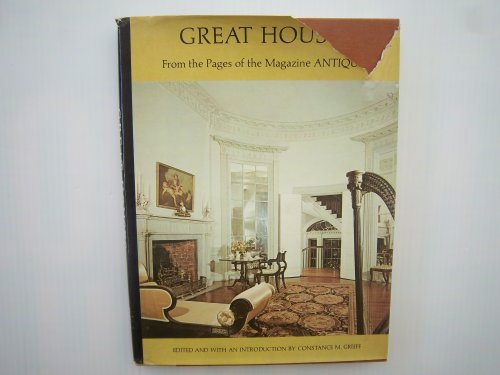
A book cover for GREAT HOUSES: From the Pages of the Magazine ANTIQUES; Constance M. Greiff; Crafts, Hobbies & Home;